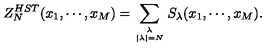
Z _ { N } ^ { H S T } ( x _ { 1 } , \cdots , x _ { M } ) = \sum _ { { \lambda \atop | \lambda | = N } } S _ { \lambda } ( x _ { 1 } , \cdots , x _ { M } ) .